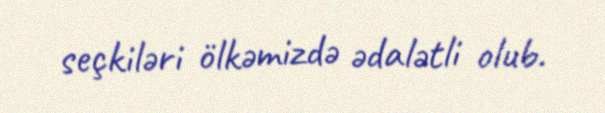
seçkiləri ölkəmizdə ədalətli olub.